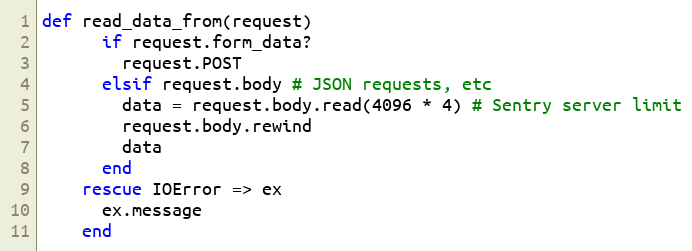
Language: Ruby
def read_data_from(request)
      if request.form_data?
        request.POST
      elsif request.body # JSON requests, etc
        data = request.body.read(4096 * 4) # Sentry server limit
        request.body.rewind
        data
      end
    rescue IOError => ex
      ex.message
    end